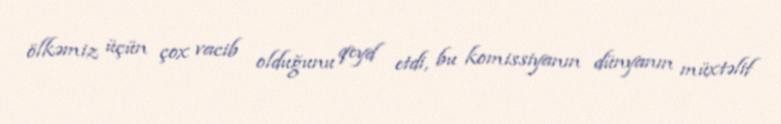
ölkəmiz üçün çox vacib olduğunu qeyd etdi, bu komissiyanın dünyanın müxtəlif